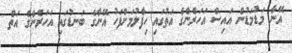
އޭނާ މަޑުމަޑުން އައިސް އަހަރެންގެ އަތުގައި ހިފާލުމަށްފަހު އޭނާގެ ބަނޑުގައި އަހަރެންގެ އަތް